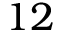
1 2